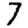
Digit: 7